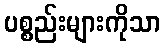
ပစ္စည်းများကိုသာ